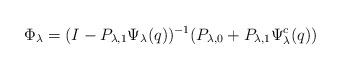
LaTeX: \begin{align*} \Phi _\lambda = (I- P_{\lambda,1} \Psi _\lambda (q))^{-1} (P_{\lambda,0} + P_{\lambda,1} \Psi^c_\lambda (q) ) \end{align*}